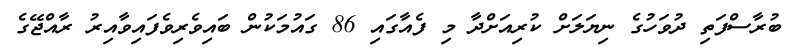
ބުރާސްފަތި ދުވަހުގެ ނިޔަލަށް ކުރިއަށްދާ މި ފެއާގައި 86 ގައުމަކުން ބައިވެރިވެފައިވާއިރު ރާއްޖޭގެ